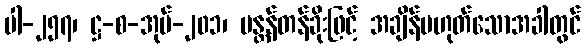
ပါ-၂၅၇၊ ဋ္ဌ-စ-အုပ်-၂၀၁၊ မန္တန်တန်ခိုးဖြင့် အချိန်မဟုတ်သောအခါတွင်